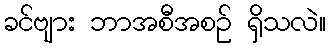
ခင်ဗျား ဘာအစီအစဉ် ရှိသလဲ။